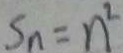
S _ { n } = n ^ { 2 }